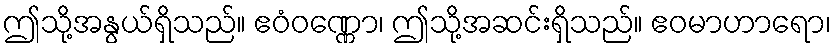
ဤသို့အနွယ်ရှိသည်။ ဧဝံဝဏ္ဏော၊ ဤသို့အဆင်းရှိသည်။ ဧဝမာဟာရော၊